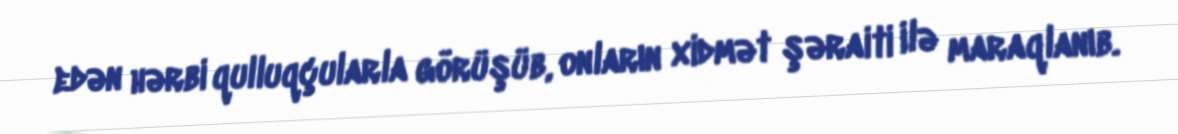
edən hərbi qulluqçularla görüşüb, onların xidmət şəraiti ilə maraqlanıb.